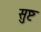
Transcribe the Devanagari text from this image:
सुष्ट